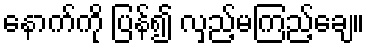
နောက်ကို ပြန်၍ လှည့်မကြည့်ချေ။